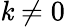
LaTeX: \mathit{k}\neq0